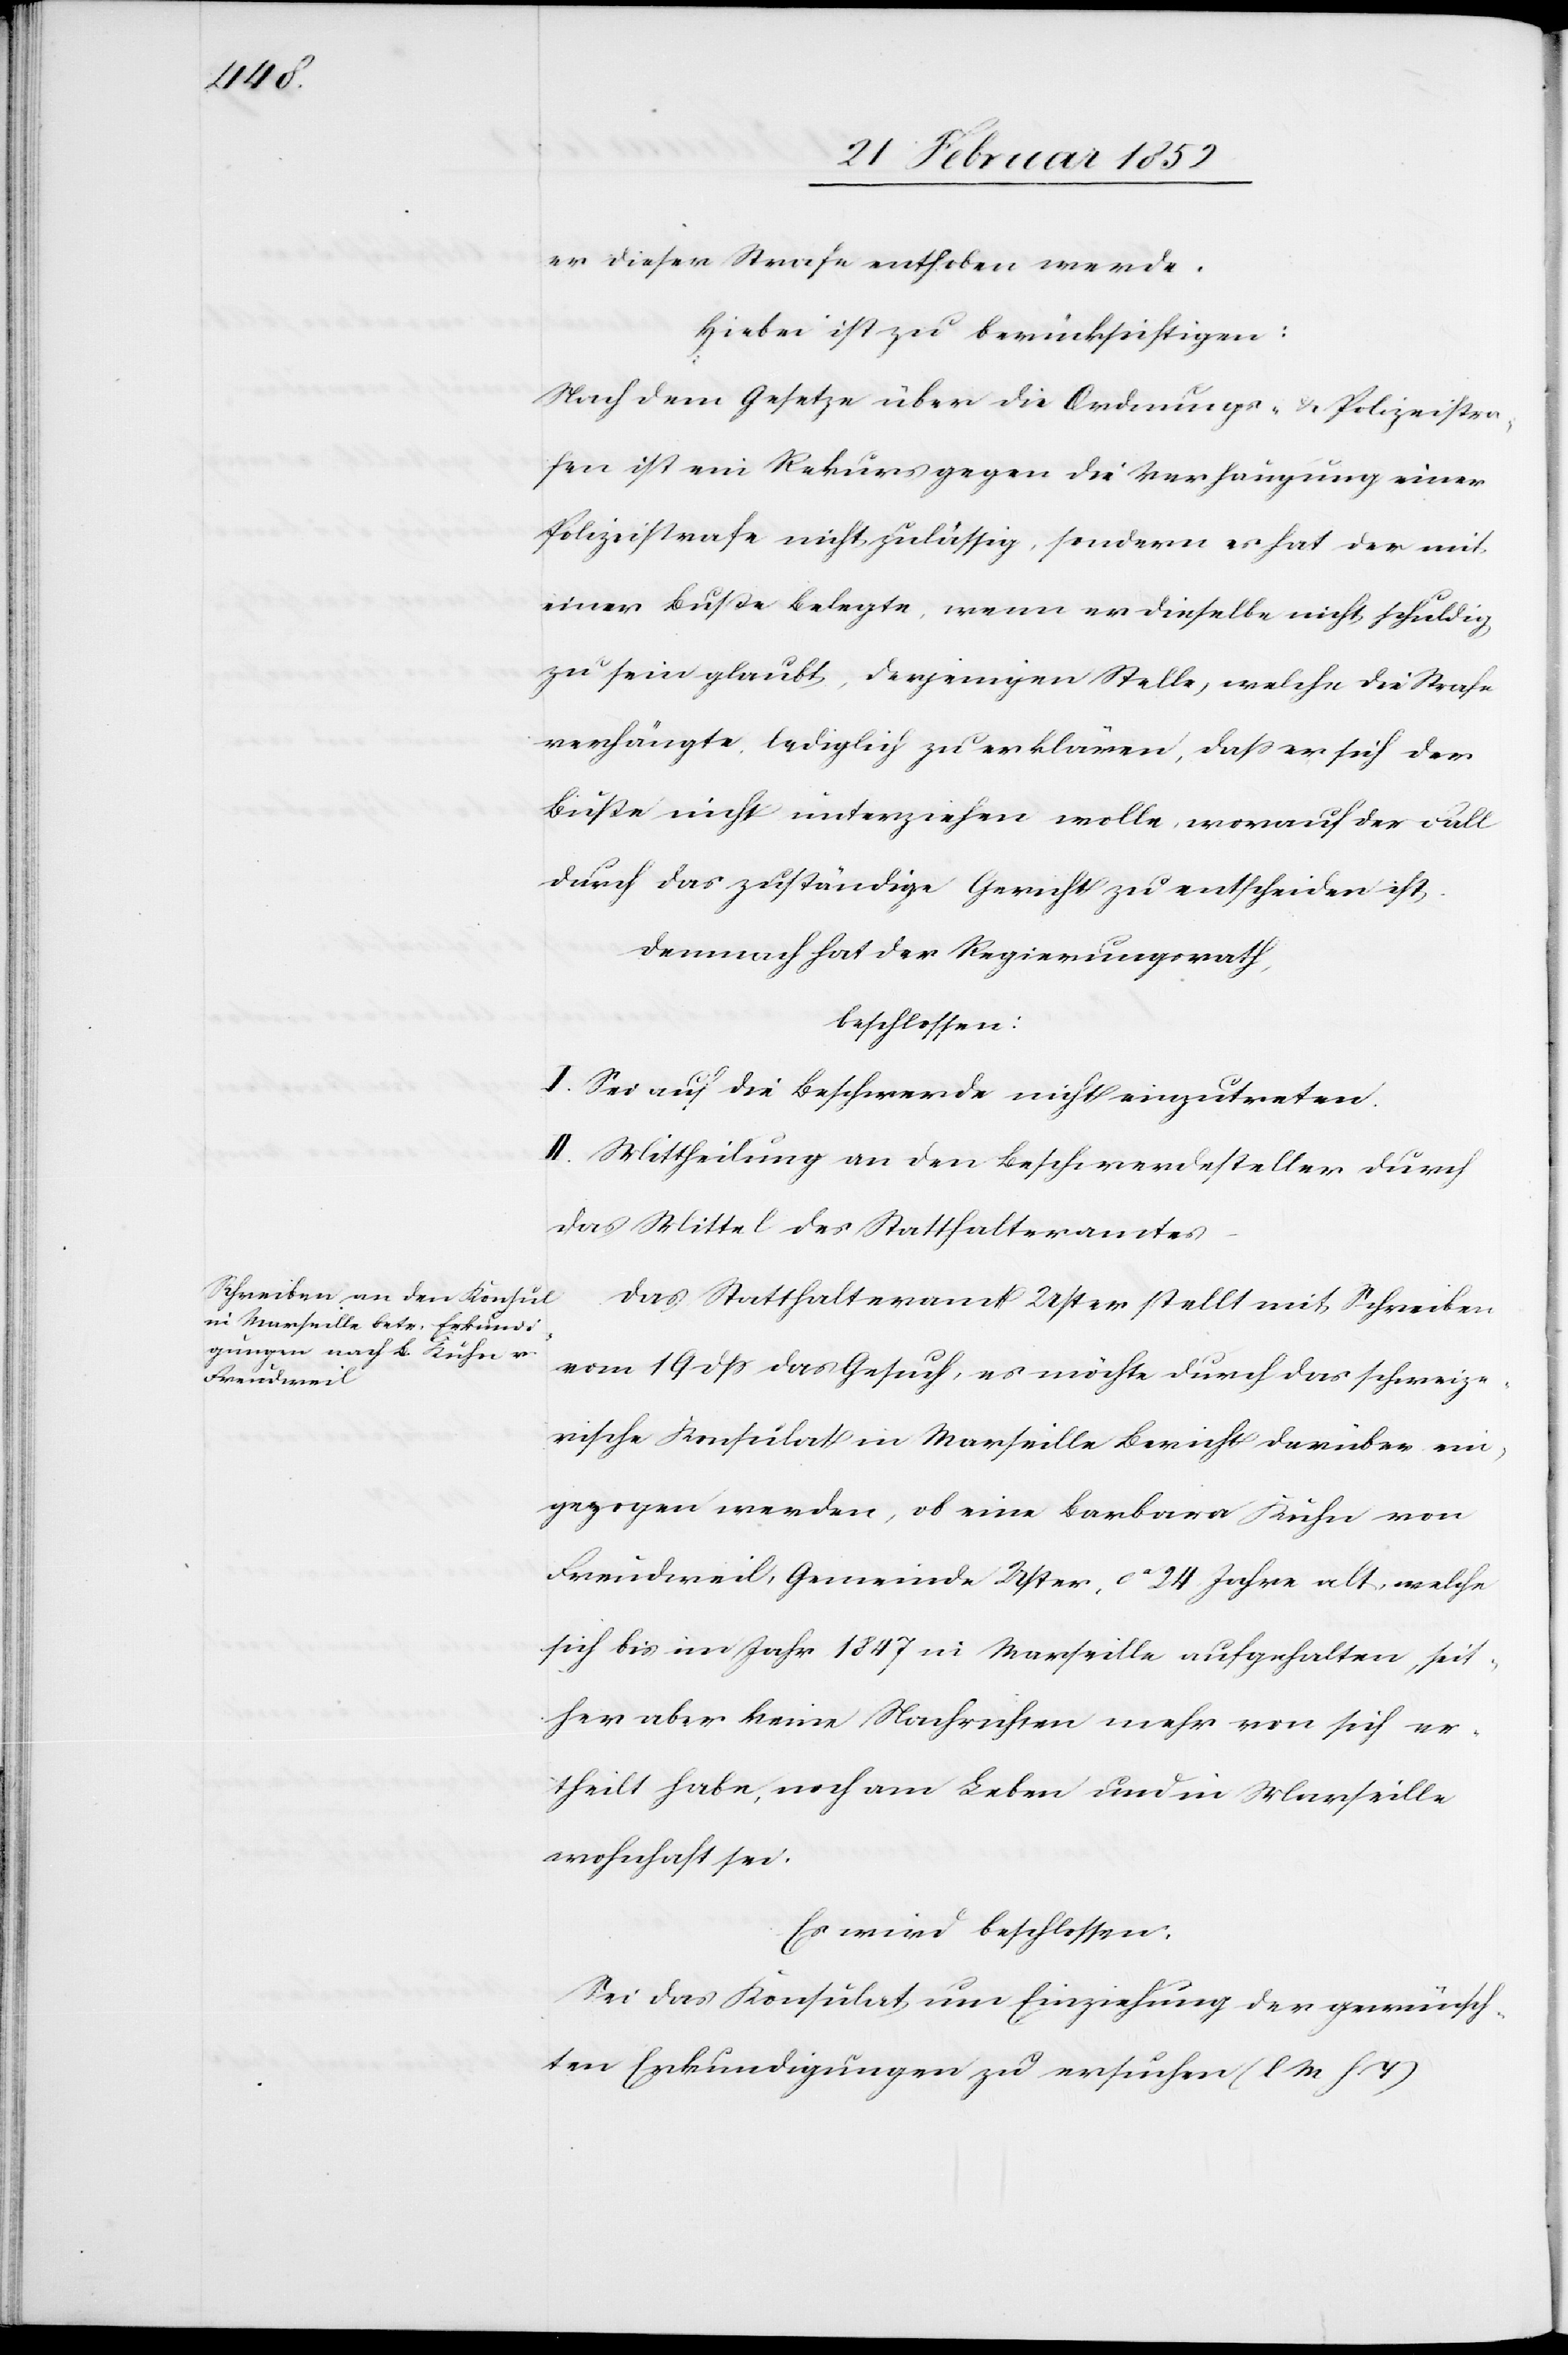
er dieser Strafe enthoben werde.
Hiebei ist zu berücksichtigen:
Nach dem Gesetze über die Ordnungs- u. Polizeistra¬
fen ist ein Rekurs gegen die Verhängung einer
Polizeistrafe nicht zulässig, sondern es hat der mit
einer Buße belegte, wenn er dieselbe nicht schuldig
zu sein glaubt, derjenigen Stelle, welche die Strafe
verhängte, lediglich zu erklären, daß er sich der
Buße nicht unterziehen wolle, worauf der Fall
durch das zuständige Gericht zu entscheiden ist.
Demnach hat der Regierungsrath,
beschlossen:
I. Sei auf die Beschwerde nicht einzutreten.
II. Mittheilung an den Beschwerdesteller durch
das Mittel des Statthalteramtes.
Das Statthalteramt Uster stellt mit Schreiben
vom 19 dß das Gesuch, es möchte durch das schweize¬
rische Konsulat in Marseille Bericht darüber ein¬
gezogen werden, ob eine Barbara Kuhn von
Freudweil, Gemeinde Uster, ca Jahre alt, welche
sich bis im Jahr 1847 in Marseille aufgehalten, seit¬
her aber keine Nachrichten mehr von sich er¬
theilt habe, noch am Leben und in Marseille
wohnhaft sei.
Es wird beschlossen.
Sei das Konsulat um Einziehung der gewünsch¬
ten Erkundigungen zu ersuchten (l M h T)[.]